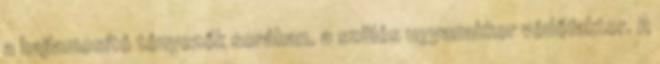
a hajlamosító tényezők sorában, a szülés ugyanakkor védőfaktor. A